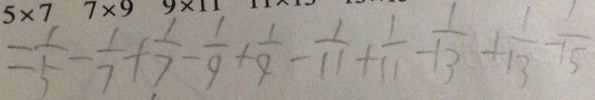
= \frac { 1 } { 5 } - \frac { 1 } { 7 } + \frac { 1 } { 7 } - \frac { 1 } { 9 } + \frac { 1 } { 9 } - \frac { 1 } { 1 1 } + \frac { 1 } { 1 1 } - \frac { 1 } { 1 3 } + \frac { 1 } { 1 3 } - \frac { 1 } { 1 5 }